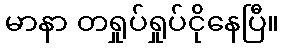
မာနာ တရှုပ်ရှုပ်ငိုနေပြီ။